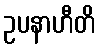
ဥပနာဟီတိ